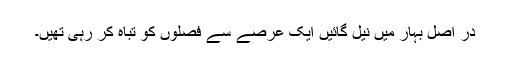
در اصل بہار میں نیل گائیں ایک عرصے سے فصلوں کو تباہ کر رہی تھیں۔